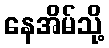
နေအိမ်သို့